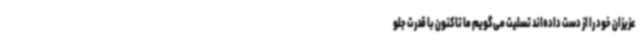
عزیزان خود را از دست داده‌اند تسلیت می‌گویم ما تاکنون با قدرت جلو